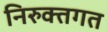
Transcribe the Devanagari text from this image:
निरुक्तगत